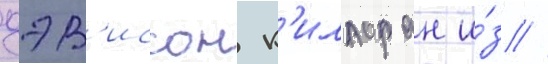
дэв'иссон к'иллоран и́з //